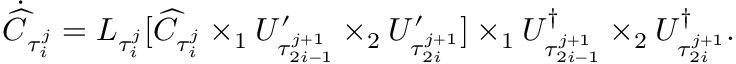
\dot { \widehat { C } } _ { \tau _ { i } ^ { j } } = { L } _ { \tau _ { i } ^ { j } } [ \widehat { C } _ { \tau _ { i } ^ { j } } \times _ { 1 } U _ { \tau _ { 2 i - 1 } ^ { j + 1 } } ^ { \prime } \times _ { 2 } U _ { \tau _ { 2 i } ^ { j + 1 } } ^ { \prime } ] \times _ { 1 } U _ { \tau _ { 2 i - 1 } ^ { j + 1 } } ^ { \dagger } \times _ { 2 } U _ { \tau _ { 2 i } ^ { j + 1 } } ^ { \dagger } .